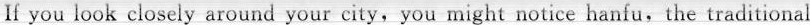
If you look closely around your city, you might notice hanfu, the traditional